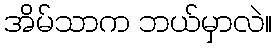
အိမ်သာက ဘယ်မှာလဲ။